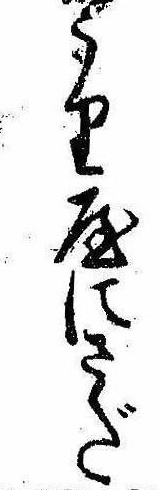
うり屋にさだ